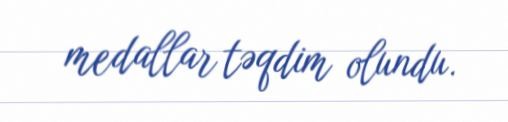
medallar təqdim olundu.